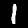
Label: 1